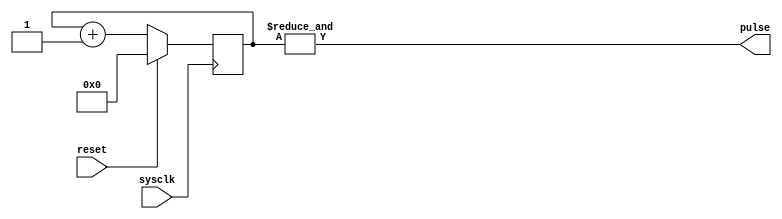
module heartbeat(input wire sysclk,
input wire reset,
output wire pulse);

parameter WIDTH=8;
reg [(WIDTH-1):0] count=0;
assign pulse=&count;

always @(posedge sysclk) begin
	if(reset)
		count<={WIDTH{1'b0}};
	else
		count<=count+1'b1;
	end
endmodule